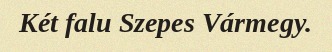
Két falu Szepes Vármegy.